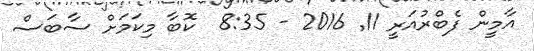
އާމީން ފެބްރުއަރީ 11